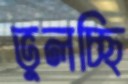
ভুলচ্ছি